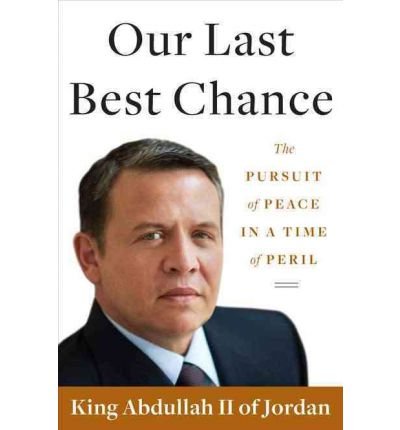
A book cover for [OUR LAST BEST CHANCE: THE PURSUIT OF PEACE IN A TIME OF PERIL] BY King Abdullah II (Author) Viking Books (publisher) Hardcover; King Abdullah II of Jordan; History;